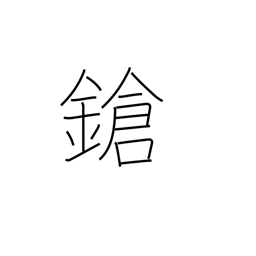
Meaning: lance